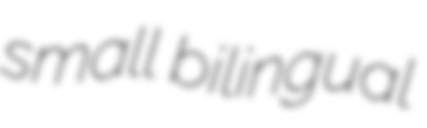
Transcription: small bilingual